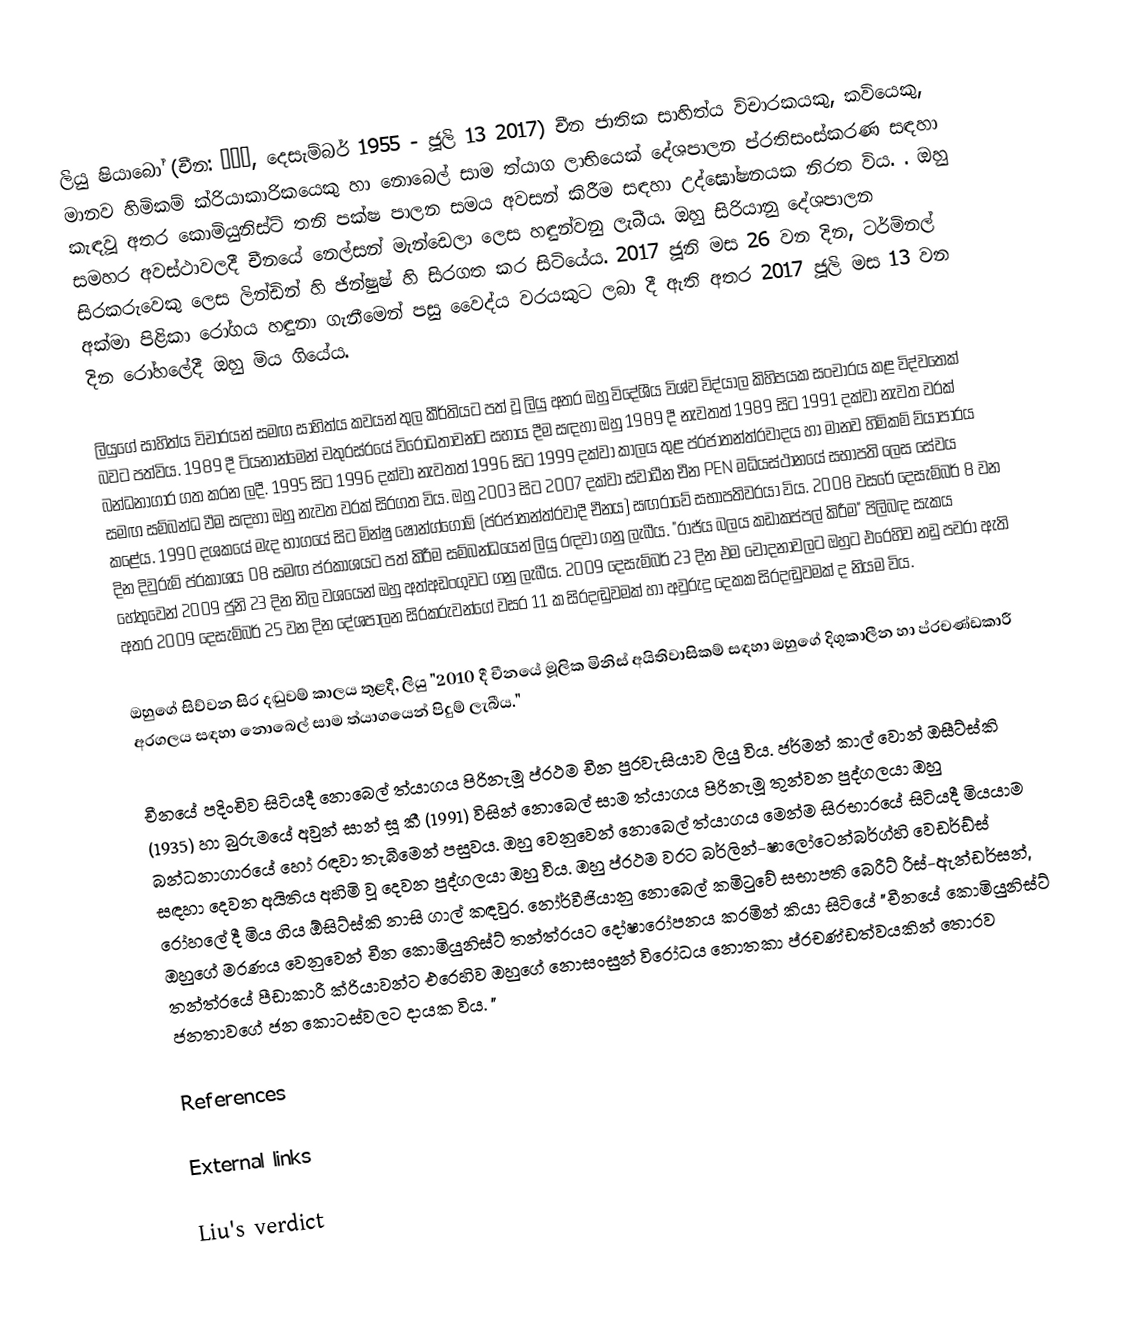
ලියු ෂියාබෝ (චීන: 刘晓波, දෙසැම්බර් 1955 - ජූලි 13 2017) චීන ජාතික සාහිත්ය විචාරකයකු, කවියෙකු, මානව හිමිකම් ක්රියාකාරිකයෙකු හා නොබෙල් සාම ත්යාග ලාභියෙක් දේශපාලන ප්රතිසංස්කරණ සඳහා කැඳවූ අතර කොමියුනිස්ට් තනි පක්ෂ පාලන සමය අවසන් කිරීම සඳහා උද්ඝෝෂනයක නිරත විය. . ඔහු සමහර අවස්ථාවලදී චීනයේ නෙල්සන් මැන්ඩෙලා ලෙස හඳුන්වනු ලැබීය. ඔහු සිරියානු දේශපාලන සිරකරුවෙකු ලෙස ලින්ඩින් හි ජින්ෂුෂ් හි සිරගත කර සිටියේය. 2017 ජූනි මස 26 වන දින, ටර්මිනල් අක්මා පිළිකා රෝගය හඳුනා ගැනීමෙන් පසු වෛද්ය වරයකුට ලබා දී ඇති අතර 2017 ජූලි මස 13 වන දින රෝහලේදී ඔහු මිය ගියේය.

ලියුගේ සාහිත්ය විචාරයන් සමඟ සාහිත්ය කවයන් තුල කීර්තියට පත් වූ ලියු අතර ඔහු විදේශීය විශ්ව විද්යාල කිහිපයක සංචාරය කළ විද්වතෙක් බවට පත්විය. 1989 දී ටියනාන්මෙන් චතුරස්රයේ විරෝධතාවන්ට සහාය දීම සඳහා ඔහු 1989 දී නැවතත් 1989 සිට 1991 දක්වා නැවත වරක් බන්ධනාගාර ගත කරන ලදී. 1995 සිට 1996 දක්වා නැවතත් 1996 සිට 1999 දක්වා කාලය තුළ ප්රජාතන්ත්රවාදය හා මානව හිමිකම් ව්යාපාරය සමඟ සම්බන්ධ වීම සඳහා ඔහු නැවත වරක් සිරගත විය. ඔහු 2003 සිට 2007 දක්වා ස්වාධීන චීන PEN මධ්යස්ථානයේ සභාපති ලෙස සේවය කළේය. 1990 දශකයේ මැද භාගයේ සිට මින්ෂු ෂොන්ග්ගෝඕ (ප්රජාතන්ත්රවාදී චීනය) සඟරාවේ සභාපතිවරයා විය. 2008 වසරේ දෙසැම්බර් 8 වන දින දිවුරුම් ප්රකාශය 08 සමඟ ප්රකාශයට පත් කිරීම සම්බන්ධයෙන් ලියු රඳවා ගනු ලැබීය. "රාජ්ය බලය කඩාකප්පල් කිරීම" පිලිබඳ සැකය හේතුවෙන් 2009 ජුනි 23 දින නිල වශයෙන් ඔහු අත්අඩංගුවට ගනු ලැබීය. 2009 දෙසැම්බර් 23 දින එම චෝදනාවලට ඔහුට එරෙහිව නඩු පවරා ඇති අතර 2009 දෙසැම්බර් 25 වන දින දේශපාලන සිරකරුවන්ගේ වසර 11 ක සිරදඬුවමක් හා අවුරුදු දෙකක සිරදඬුවමක් ද නියම විය.

ඔහුගේ සිව්වන සිර දඬුවම් කාලය තුළදී, ලියු "2010 දී චීනයේ මූලික මිනිස් අයිතිවාසිකම් සඳහා ඔහුගේ දිගුකාලීන හා ප්රචණ්ඩකාරී අරගලය සඳහා නොබෙල් සාම ත්යාගයෙන් පිදුම් ලැබීය."

චීනයේ පදිංචිව සිටියදී නොබෙල් ත්යාගය පිරිනැමූ ප්රථම චීන පුරවැසියාව ලියු විය. ජර්මන් කාල් වොන් ඔසීට්ස්කි (1935) හා බුරුමයේ අවුන් සාන් සූ කී (1991) විසින් නොබෙල් සාම ත්යාගය පිරිනැමූ තුන්වන පුද්ගලයා ඔහු බන්ධනාගාරයේ හෝ රඳවා තැබීමෙන් පසුවය. ඔහු වෙනුවෙන් නොබෙල් ත්යාගය මෙන්ම සිරභාරයේ සිටියදී මියයාම සඳහා දෙවන අයිතිය අහිමි වූ දෙවන පුද්ගලයා ඔහු විය. ඔහු ප්රථම වරට බර්ලින්-ෂාලෝටෙන්බර්ග්හි වෙඩර්ඩ්ස් රෝහලේ දී මිය ගිය ඕසිට්ස්කි නාසි ගාල් කඳවුර. නෝර්වීජියානු නොබෙල් කමිටුවේ සභාපති බෙරීට් රීස්-ඇන්ඩර්සන්, ඔහුගේ මරණය වෙනුවෙන් චීන කොමියුනිස්ට් තන්ත්රයට දෝෂාරෝපනය කරමින් කියා සිටියේ "චීනයේ කොමියුනිස්ට් තන්ත්රයේ පීඩාකාරී ක්රියාවන්ට එරෙහිව ඔහුගේ නොසංසුන් විරෝධය නොතකා ප්රචණ්ඩත්වයකින් තොරව ජනතාවගේ ජන කොටස්වලට දායක විය. "

References

External links

 Liu's verdict